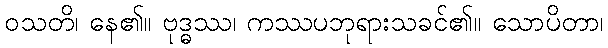
ဝသတိ၊ နေ၏။ ဗုဒ္ဓဿ၊ ကဿပဘုရားသခင်၏။ သောပိတာ၊